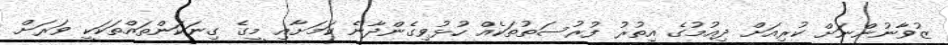
ޒުވާނުންނަށް ކުރިއަށް ދިއުމުގެ އިތުރު ފުރުސަތުތަކެއް ހުޅުވިގެންދާނެ ކަމަށާއި މީގެ ގިނަކަންތައްތަކަކީ ވަރަށް